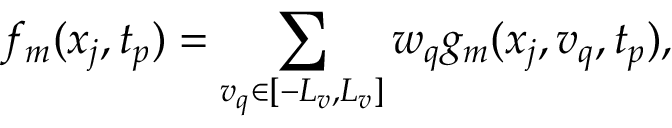
f _ { m } ( x _ { j } , t _ { p } ) = \sum _ { v _ { q } \in [ - L _ { v } , L _ { v } ] } w _ { q } g _ { m } ( x _ { j } , v _ { q } , t _ { p } ) ,